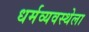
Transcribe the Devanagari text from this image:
धर्मव्यवस्थेला